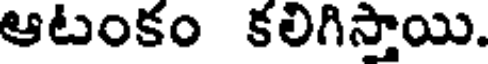
ఆటంకం కలిగిస్తాయి.